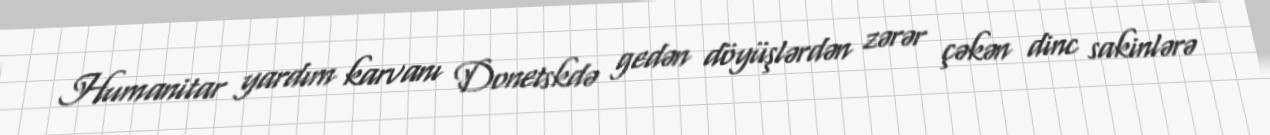
Humanitar yardım karvanı Donetskdə gedən döyüşlərdən zərər çəkən dinc sakinlərə